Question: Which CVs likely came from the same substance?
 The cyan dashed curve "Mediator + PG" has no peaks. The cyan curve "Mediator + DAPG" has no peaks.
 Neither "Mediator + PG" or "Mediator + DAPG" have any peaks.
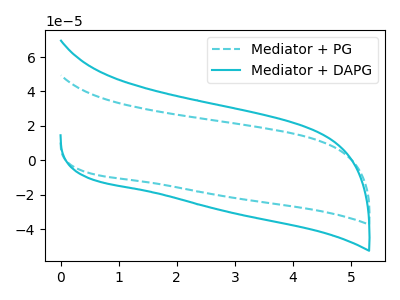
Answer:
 <answer>"Mediator + DAPG" and "Mediator + PG" have the same shape and are likely CV's of the same chemical.</answer>
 <eval>"Mediator + DAPG" "Mediator + PG"</eval>